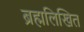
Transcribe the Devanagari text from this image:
ब्रह्मलिखित